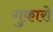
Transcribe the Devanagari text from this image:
गुकारो